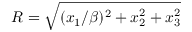
R = \sqrt { ( x _ { 1 } / \beta ) ^ { 2 } + x _ { 2 } ^ { 2 } + x _ { 3 } ^ { 2 } }